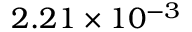
2 . 2 1 \times 1 0 ^ { - 3 }